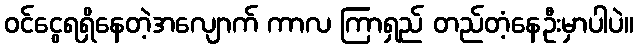
ဝင်ငွေရရှိနေတဲ့အလျောက် ကာလ ကြာရှည် တည်တံ့နေဦးမှာပါပဲ။